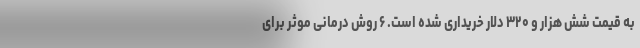
به قیمت شش هزار و ۳۲۰ دلار خریداری شده است. ۶ روش درمانی موثر برای